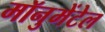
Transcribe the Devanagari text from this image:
मॉनुमेंटेल